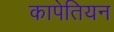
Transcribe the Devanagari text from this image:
कापेतियन